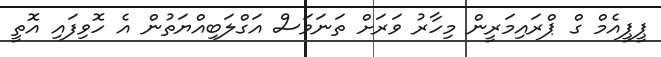
ޕީޕީއެމް ގް ޕްރައިމަރީން މިހާރު ވަރަށް ތަނަވަސް އަގްލަބިއްޔަތުން އެ ހޮވިފައި އޮތީ